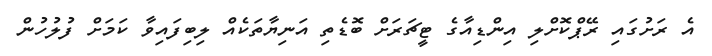
އެ ރަށުގައި ރޭޕްކޮށްލި އިންޑިއާގެ ޓީޗަރަށް ބޮޑެތި އަނިޔާތަކެއް ލިބިފައިވާ ކަމަށް ފުލުހުން